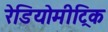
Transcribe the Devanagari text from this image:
रेडियोमीट्रिक